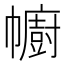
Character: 幮